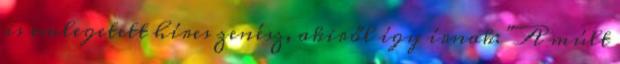
is emlegetett híres zenész, akiről így írnak: "A múlt